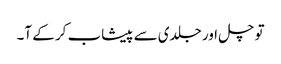
تو چل اور جلدی سے پیشاب کر کے آ۔